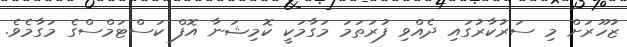
ޒުހޫރަށް މި ސަރުކާރުގައި ދެއްވި ފުރަތަމަ މަގާމަކީ ކޮމިޝަނާ އޮފް ކަސްޓަމްސްގެ މަގާމެވެ.